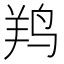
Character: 𱉯